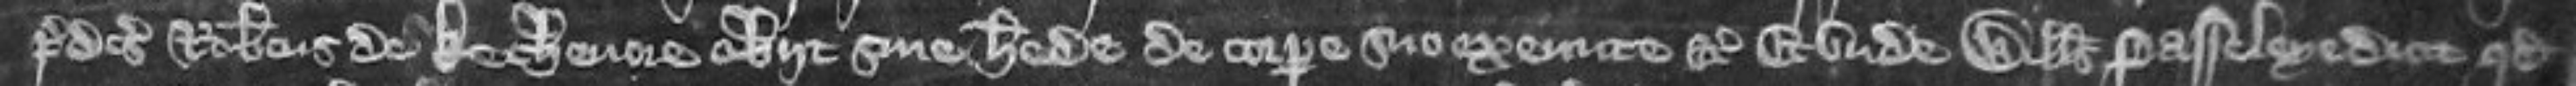
Predictus Robertus de Kechenore obiit sine herede de corpore suo exeunte etc. Et unde Willelmus Passeleye dicit quod